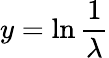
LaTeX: y=\ln{\frac{1}{\lambda}}